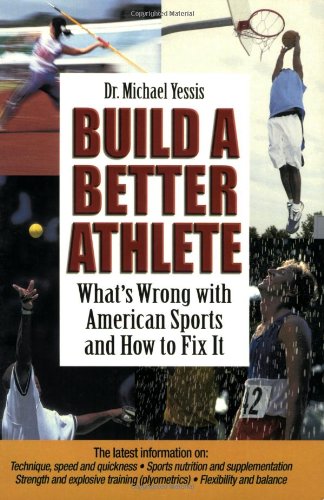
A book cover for Build a Better Athlete:  What's Wrong with American Sports and How To Fix It; Michael Yessis; Sports & Outdoors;